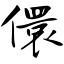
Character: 儇